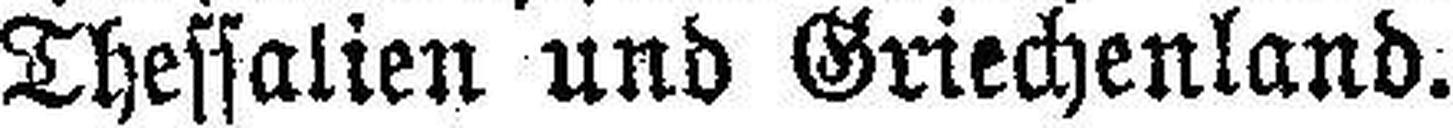
Thessalien und Griechenland.